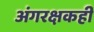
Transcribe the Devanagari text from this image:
अंगरक्षकही